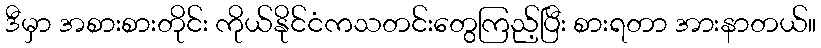
ဒီမှာ အစားစားတိုင်း ကိုယ်နိုင်ငံကသတင်းတွေကြည့်ပြီး စားရတာ အားနာတယ်။